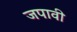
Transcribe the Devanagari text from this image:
जपावी